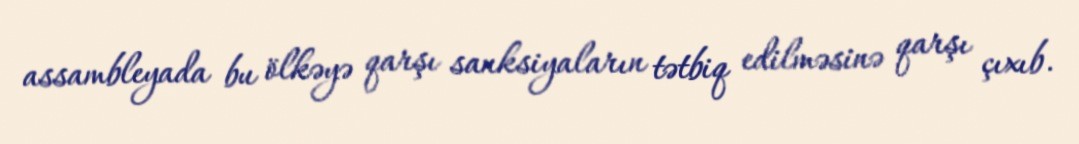
assambleyada bu ölkəyə qarşı sanksiyaların tətbiq edilməsinə qarşı çıxıb.